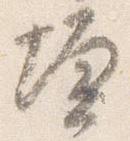
壇